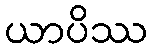
ယာပိဿ